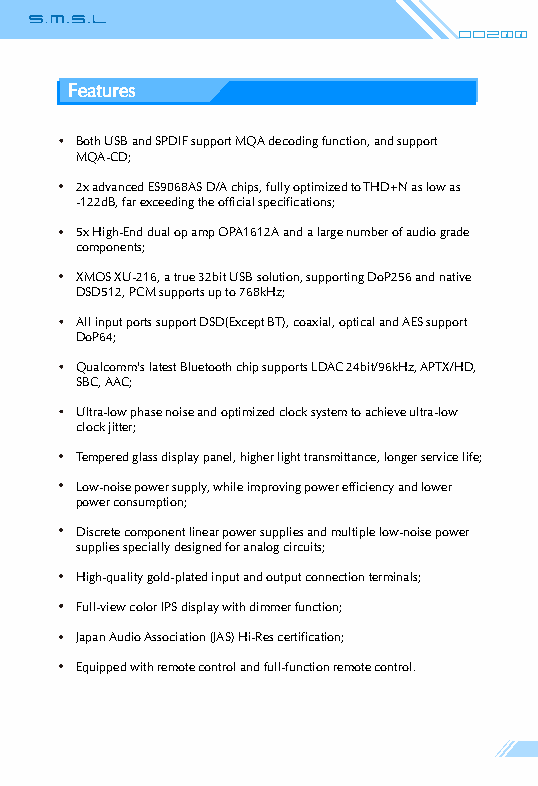
Do200
 Features
 Both USB and SPDIF support MQA decoding function, and support
 MQA-CD;
 2x advanced ES9068AS D/A chips, fully optimized to THD+N as low as
 -122dB, far exceeding the official specifications;
 5x High-End dual op amp OPA1612A and a large number of audio grade
 components;
 XMOS XU-216, a true 32bit USB solution, supporting DoP256 and native
 DSD512, PCM supports up to 768kHz;
 All input ports support DSD(Except BT), coaxial, optical and AES support
 DoP64;
 Qualcomm's latest Bluetooth chip supports LDAC 24bit/96kHz, APTX/HD,
 SBC, AAC;
 Ultra-low phase noise and optimized clock system to achieve ultra-low
 clock jitter;
 Tempered glass display panel, higher light transmittance, longer service life;
 Low-noise power supply, while improving power efficiency and lower
 power consumption;
 Discrete component linear power supplies and multiple low-noise power
 supplies specially designed for analog circuits;
 High-quality gold-plated input and output connection terminals;
 Full-view color IPS display with dimmer function;
 Japan Audio Association (JAS) Hi-Res certification;
 Equipped with remote control and full-function remote control.